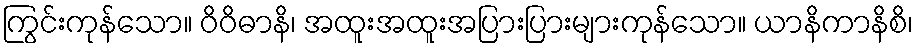
ကြွင်းကုန်သော။ ဝိဝိဓာနိ၊ အထူးအထူးအပြားပြားများကုန်သော။ ယာနိကာနိစိ၊